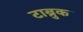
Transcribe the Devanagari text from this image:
टाब्रुक